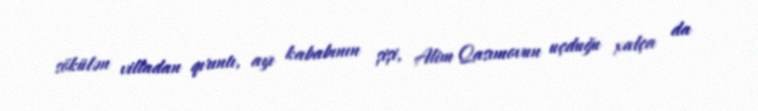
sökülən villadan qırıntı, ayı kababının şişi, Alim Qasımovun uçduğu xalça da